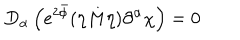
D _ { \alpha } \left( e ^ { 2 \bar { \phi } } ( \eta M \eta ) \partial ^ { \alpha } \chi \right) = 0